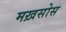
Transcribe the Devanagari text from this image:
मख़सोस